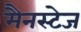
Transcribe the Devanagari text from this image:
मैनस्टेज